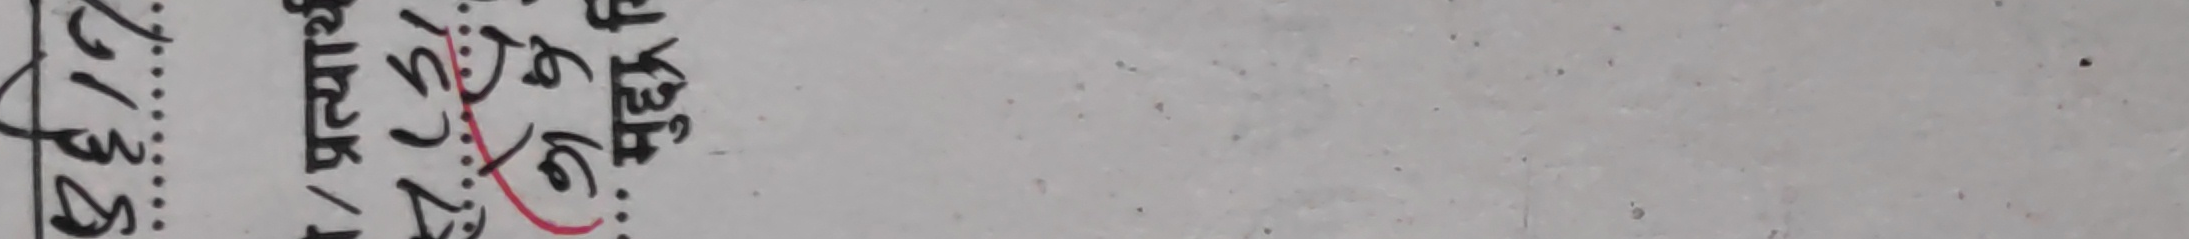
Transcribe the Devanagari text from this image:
सि १००० प्रभात/५१ ३६ रु १६ ७